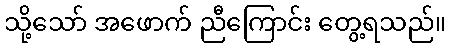
သို့သော် အဖောက် ညီကြောင်း တွေ့ရသည်။